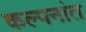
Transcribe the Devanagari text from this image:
कल्पनांत